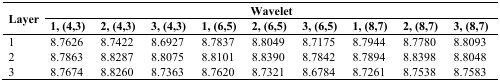
<table><thead><tr><td rowspan="3"><b>Layer</b></td><td colspan="9"><b>Wavelet</b></td></tr><tr><td><b>1, (4,3)</b></td><td><b>2, (4,3)</b></td><td><b>3, (4,3)</b></td><td><b>1, (6,5)</b></td><td><b>2, (6,5)</b></td><td><b>3, (6,5)</b></td><td><b>1, (8,7)</b></td><td><b>2, (8,7)</b></td><td><b>3, (8,7)</b></td></tr></thead><tbody><tr><td>1</td><td>8.7626</td><td>8.7422</td><td>8.6927</td><td>8.7837</td><td>8.8049</td><td>8.7175</td><td>8.7944</td><td>8.7780</td><td>8.8093</td></tr><tr><td>2</td><td>8.7863</td><td>8.8287</td><td>8.8075</td><td>8.8101</td><td>8.8390</td><td>8.7842</td><td>8.7894</td><td>8.8398</td><td>8.8048</td></tr><tr><td>3</td><td>8.7674</td><td>8.8260</td><td>8.7363</td><td>8.7620</td><td>8.7321</td><td>8.6784</td><td>8.7261</td><td>8.7538</td><td>8.7583</td></tr></tbody></table>